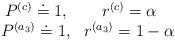
LaTeX: \begin{align*}\begin{array}{cc}P^{(c)} \doteq 1, & r^{(c)} = \alpha \\P^{(a_3)} \doteq 1, & r^{(a_3)} = 1- \alpha\end{array}\end{align*}